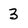
Character: 3